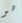
هو